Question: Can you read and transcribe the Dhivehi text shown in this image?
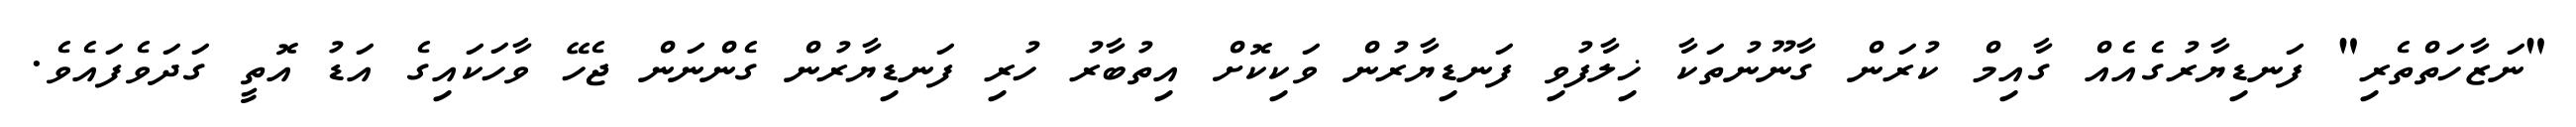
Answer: "ނަޒާހަތްތެރި" ފަނޑިޔާރުގެއެއް ގާއިމް ކުރަން ގާނޫނުތަކާ ޚިލާފުވި ފަނޑިޔާރުން ވަކިކޮށް އިތުބާރު ހުރި ފަނޑިޔާރުން ގެންނަން ޖެހޭ ވާހަކައިގެ އަޑު އޮތީ ގަދަވެފައެވެ.